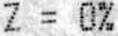
Z = 0%